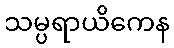
သမ္ပရာယိကေန